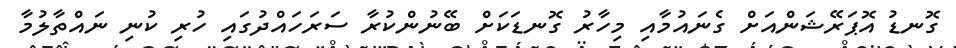
ގޮނޑު އޮޕަރޭޝަންއަށް ގެނައުމާއި މިހާރު ގޮނޑަކަށް ބޭނުންކުރާ ސަރަހައްދުގައި ހުރި ކުނި ނައްތާލުމާ